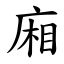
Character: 廂